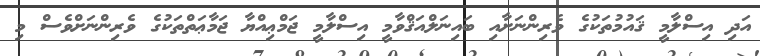
އަދި އިސްލާމީ ޤައުމުތަކުގެ ވެރިންނަށާއި ބައިނަލްއަޤްވާމީ އިސްލާމީ ޖަމްޢިއްޔާ ޖަމާޢަތްތަކުގެ ވެރިންނަށްވެސް މި